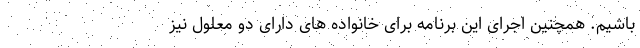
باشیم. همچنین اجرای این برنامه برای خانواده های دارای دو معلول نیز